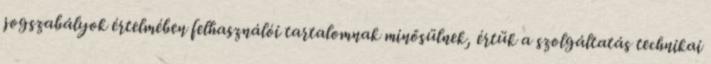
jogszabályok értelmében felhasználói tartalomnak minősülnek, értük a szolgáltatás technikai